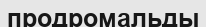
продромальды